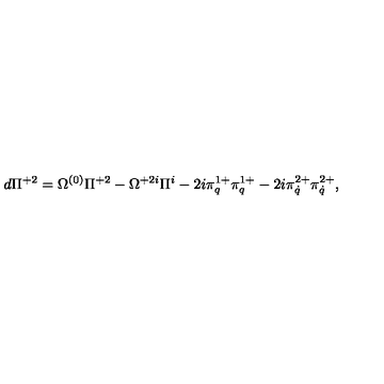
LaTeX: d \Pi ^ { + 2 } = \Omega ^ { ( 0 ) } \Pi ^ { + 2 } - \Omega ^ { + 2 i } \Pi ^ { i } - 2 i \pi _ { q } ^ { 1 + } \pi _ { q } ^ { 1 + } - 2 i \pi _ { \dot { q } } ^ { 2 + } \pi _ { \dot { q } } ^ { 2 + } ,